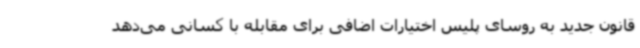
قانون جدید به روسای پلیس اختیارات اضافی برای مقابله با کسانی می‌دهد